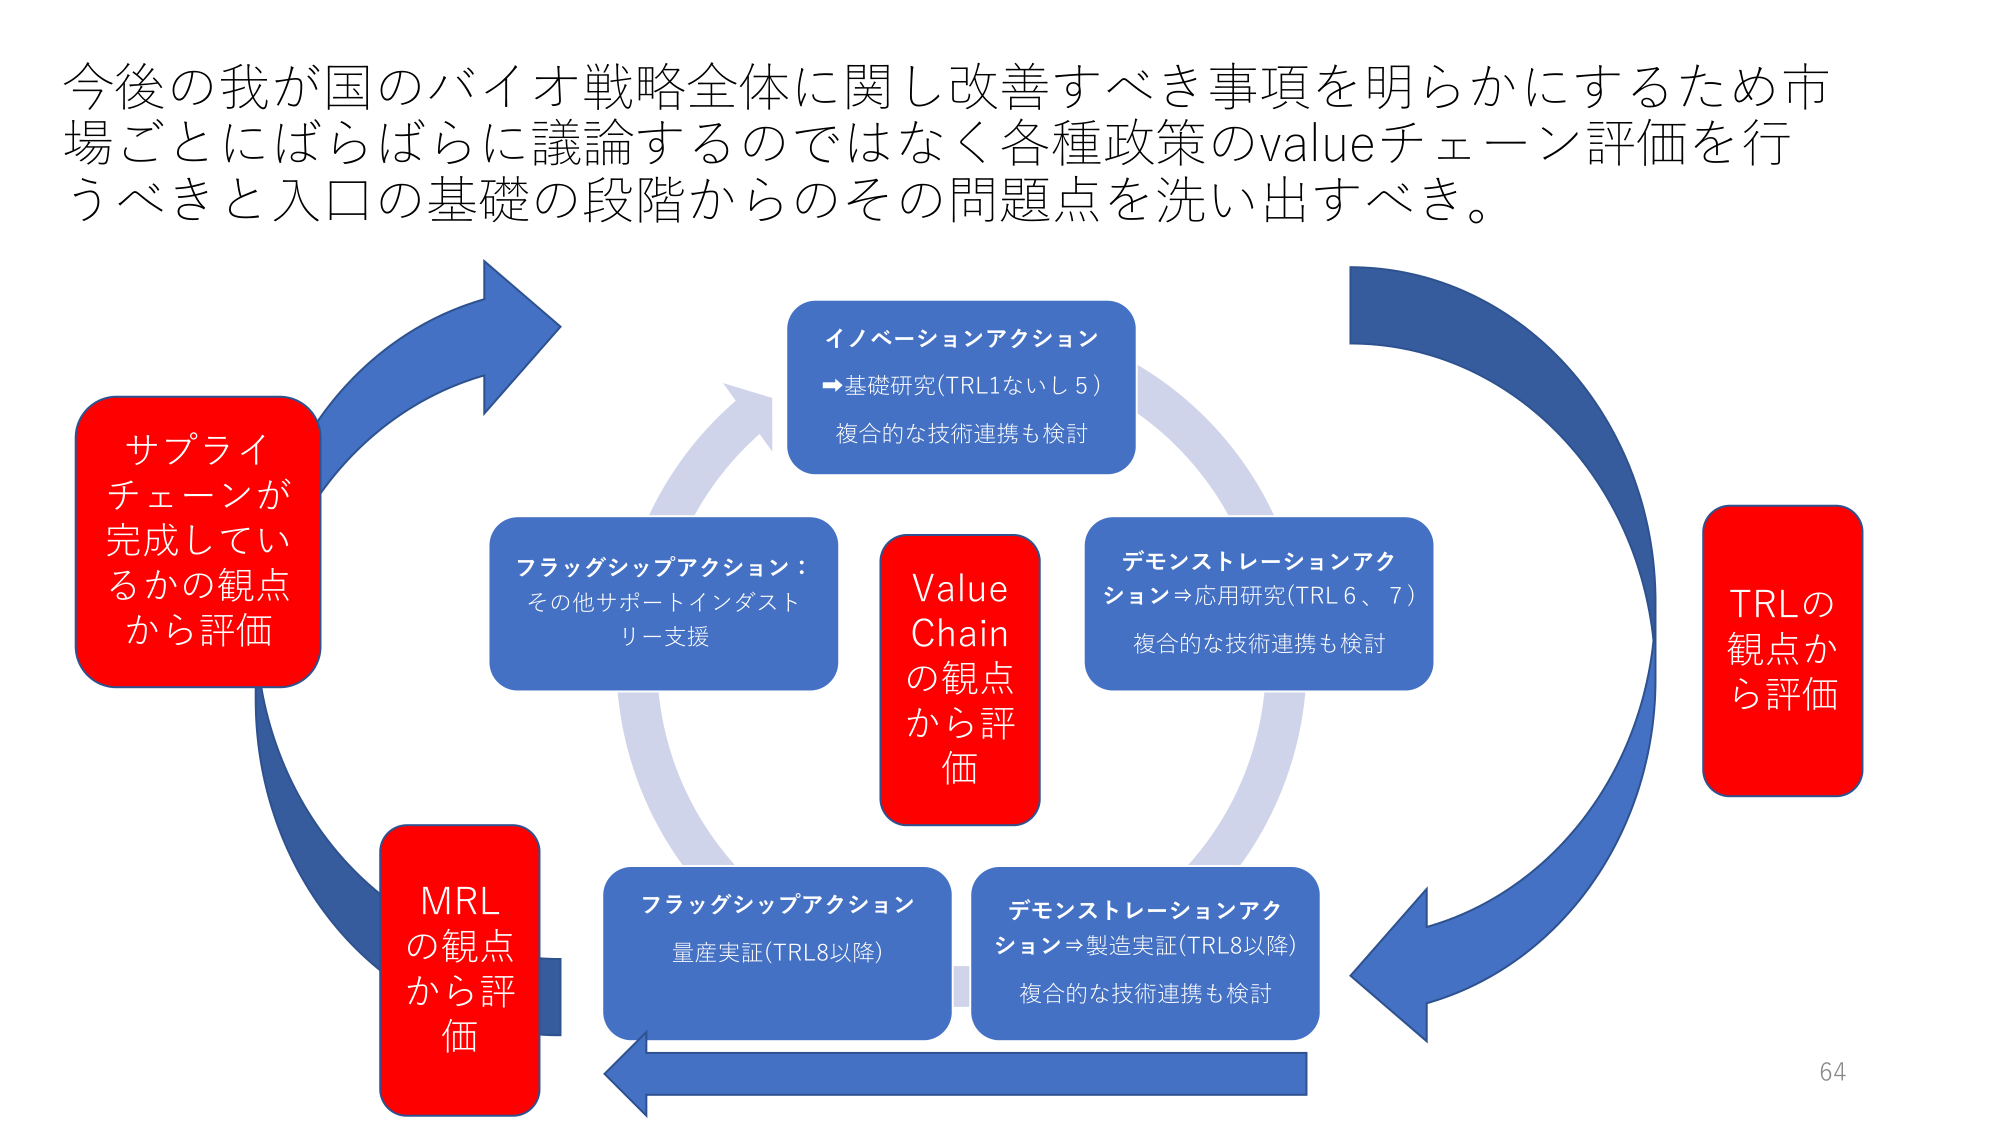
今後の我が国のバイオ戦略全体に関し改善すべき事項を明らかにするため市場ごとにばらばらに議論するのではなく各種政策のvalueチェーン評価を行うべきと入口の基礎の段階からのその問題点を洗い出すべき。

サプライチェーンが完成しているかの観点から評価

イノベーションアクション
→基礎研究(TRL1ないし5)
複合的な技術連携も検討

フラッグシップアクション：
その他サポートインダストリー支援

Value Chainの観点から評価

デモンストレーションアクション⇒応用研究(TRL6、7)
複合的な技術連携も検討

TRLの観点から評価

MRLの観点から評価

フラッグシップアクション
量産実証(TRL8以降)

デモンストレーションアクション⇒製造実証(TRL8以降)
複合的な技術連携も検討

64